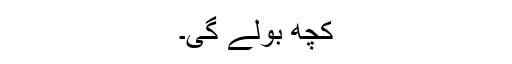
کچھ بولے گی۔